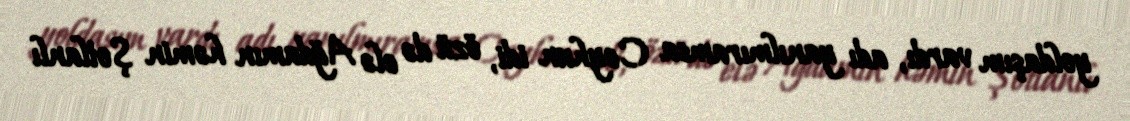
yoldaşım vardı, adı yanılmıramsa Ceyhun idi, özü də elə Ağdamın həmin Şotlanlı